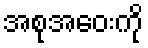
အစုအဝေးကို